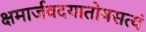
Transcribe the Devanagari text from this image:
क्षमार्जवदयातोषसत्यं